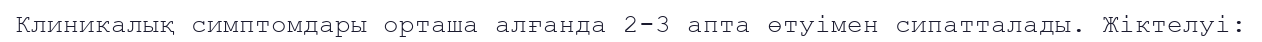
Клиникалық симптомдары орташа алғанда 2-3 апта өтуімен сипатталады. Жіктелуі: